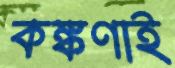
কঙ্কণাই